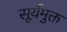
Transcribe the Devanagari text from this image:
सूर्यमुक्त